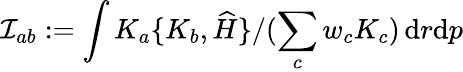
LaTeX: \mathcal{I}_{ab}:=\int{K_{a}\{ K_{b},\widehat H\} }/({\sum_{c}w_{c}K_{c}})\, {\mathrm{d}}r{\mathrm{d}}p